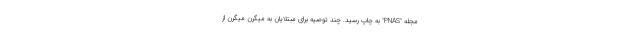
مجله "PNAS" به چاپ رسید. چند توصیه برای مبتلایان به میگرن میگرن از